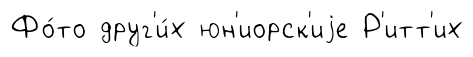
Фо́то друг'и́х юн'иорск'иjе Р'итт'их